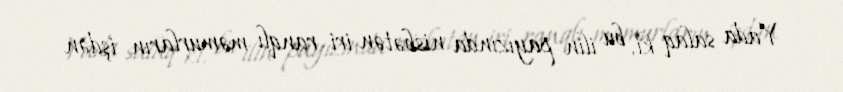
Yada salaq ki, bu ilin payızında nisbətən iri ranqlı məmurların işdən